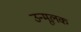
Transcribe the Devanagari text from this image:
उन्मूलक